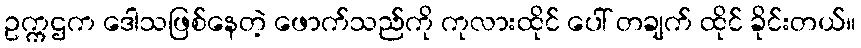
ဥက္ကဌက ဒေါသဖြစ်နေတဲ့ ဖောက်သည်ကို ကုလားထိုင် ပေါ် တချက် ထိုင် ခိုင်းတယ်။